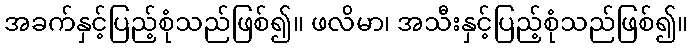
အခက်နှင့်ပြည့်စုံသည်ဖြစ်၍။ ဖလိမာ၊ အသီးနှင့်ပြည့်စုံသည်ဖြစ်၍။